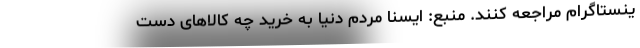
ینستاگرام مراجعه کنند. منبع: ایسنا مردم دنیا به خرید چه کالاهای دست